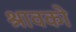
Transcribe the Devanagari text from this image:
श्रावको